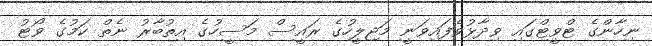
ނިހާންގެ ޓްވީޓްގައި ވިދާޅުވެފައިވަނީ މަޖިލީހުގެ ރައީސް މަސީހުގެ އިތުބާރު ނެތް ކަމުގެ ވޯޓު